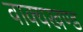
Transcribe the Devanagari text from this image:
वाक्यखण्ड